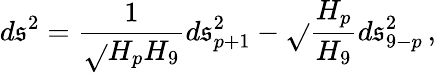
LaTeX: d\mathfrak{s}^{2}={\frac{{1}}{{\sqrt{}{{H_{p}H_{9}}}}}}d\mathfrak{s}_{p+1}^{2}-\sqrt{}{{{\frac{{H_{p}}}{{H_{9}}}}}}d\mathfrak{s}_{9-p}^{2}\, ,